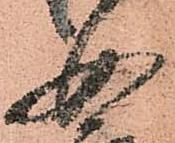
女